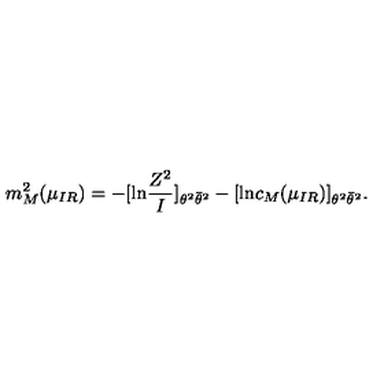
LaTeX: m _ { M } ^ { 2 } ( \mu _ { I R } ) = - [ \mathrm { l n } \frac { Z ^ { 2 } } { I } ] _ { \theta ^ { 2 } \bar { \theta } ^ { 2 } } - [ \mathrm { l n } c _ { M } ( \mu _ { I R } ) ] _ { \theta ^ { 2 } \bar { \theta } ^ { 2 } } .